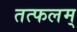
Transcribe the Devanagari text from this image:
तत्फलम्